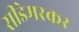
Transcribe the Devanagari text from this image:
सीडेमरकर